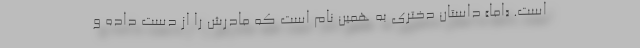
است. «اِما» داستان دختری به همین نام است که مادرش را از دست داده و